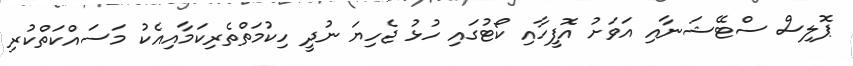
ޕޮލިސް ސްޓޭޝަނާއި އަވަށު އޮފީހާއި ކޯޓުގައި ހުޅު ޖެހިޔަ ނުދީ ހިކުމަތްތެރިކަމާއިއެކު މަސައްކަތްކުރި